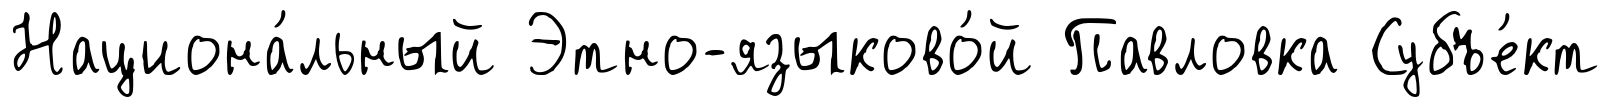
Национа́льный Этно-языково́й Павловка Субъе́кт